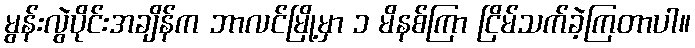
မွန်းလွဲပိုင်းအချိန်က ဘာလင်မြို့မှာ ၁ မိနစ်ကြာ ငြိမ်သက်ခဲ့ကြတာပါ။